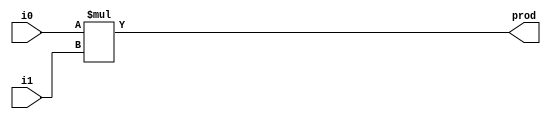
module mul16(i0,i1,prod);
       input [15:0] i0,i1;
       output [31:0] prod;
       // this is a magnitude multiplier
       // signed arithmetic later
       assign prod = i0 * i1;
endmodule